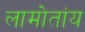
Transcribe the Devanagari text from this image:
लामोतांय